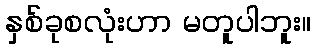
နှစ်ခုစလုံးဟာ မတူပါဘူး။